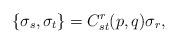
LaTeX: \begin{align*}\{\sigma_s,\sigma_t\}=C^r_{st}(p,q)\sigma_r,\end{align*}